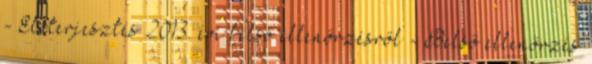
- Előterjesztés 2013. évi belső ellenőrzésről - Belső ellenőrzés